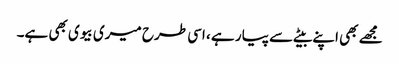
مجھے بھی اپنے بیٹے سے پیار ہے ، اسی طرح میری بیوی بھی ہے۔